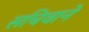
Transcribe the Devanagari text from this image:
सचिवाने